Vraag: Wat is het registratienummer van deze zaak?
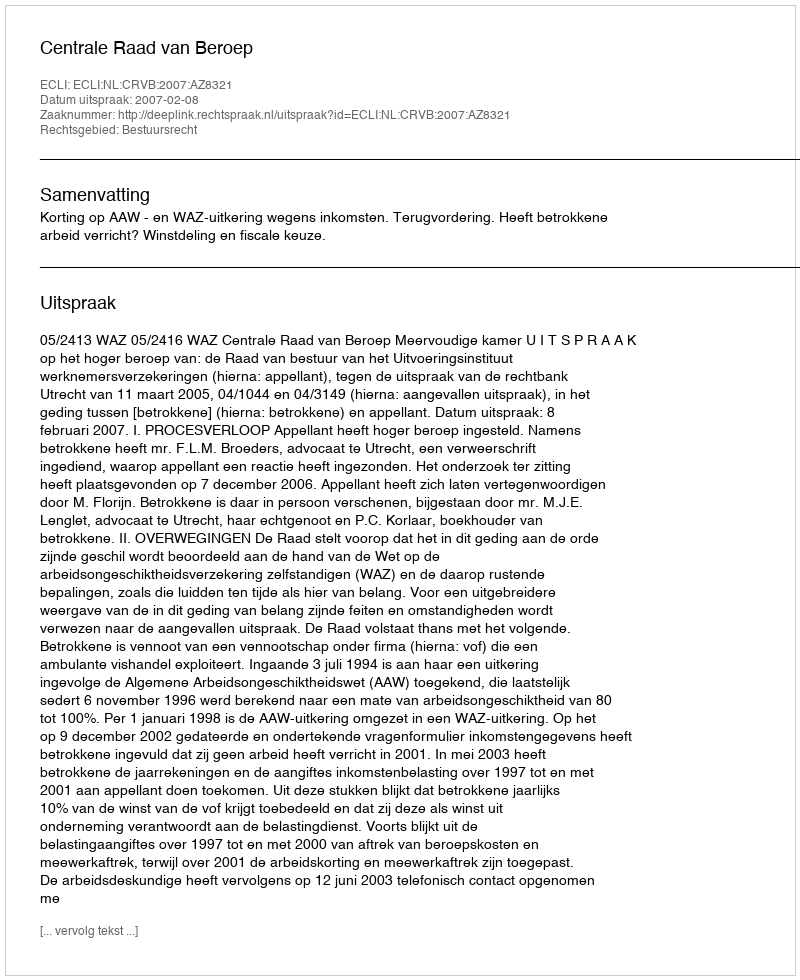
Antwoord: http://deeplink.rechtspraak.nl/uitspraak?id=ECLI:NL:CRVB:2007:AZ8321